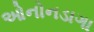
ઓનોનડાગા